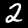
Digit: 2